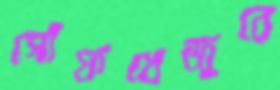
গোঁফখেজুরে